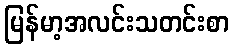
မြန်မာ့အလင်းသတင်းစာ